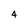
Character: 4